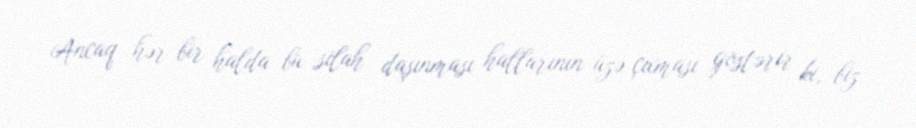
Ancaq hər bir halda bu silah daşınması hallarının üzə çıxması göstərir ki, biz